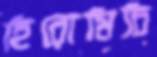
হিরোমিচি